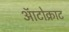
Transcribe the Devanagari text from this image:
ऑटोक्राट